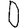
Digit: 0